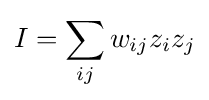
I=\sum _{ij}w_{ij}z_{i}z_{j}